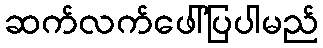
ဆက်လက်ဖေါ်ပြပါမည်